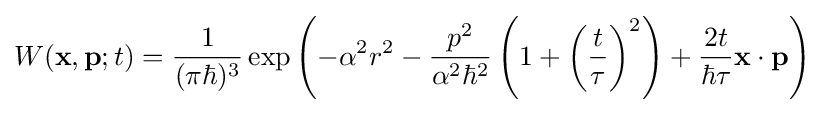
W(\mathbf {x} ,\mathbf {p} ;t)={\frac {1}{(\pi \hbar )^{3}}}\exp {\left(-\alpha ^{2}r^{2}-{\frac {p^{2}}{\alpha ^{2}\hbar ^{2}}}\left(1+\left({\frac {t}{\tau }}\right)^{2}\right)+{\frac {2t}{\hbar \tau }}\mathbf {x} \cdot \mathbf {p} \right)}~